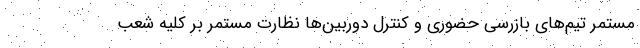
مستمر تیم­های بازرسی حضوری و کنترل دوربین­ها نظارت مستمر بر کلیه شعب